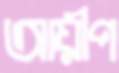
আয়ীপ